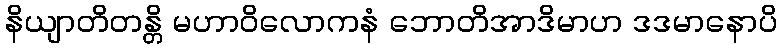
နိယျာတိတန္တိ မဟာဝိလောကနံ ဘောတိအာဒိမာဟ ဒဒမာနောပိ